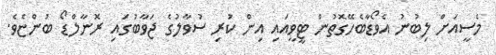
މެސީއަށް ލިބުނު އެވޯޑާބެހޭގޮތުން ޓީވީއައި އިން ކުރި ސުވާލުގެ ޖަވާބުގައި ރޮނާލްޑޯ ބުންޏެވެ.